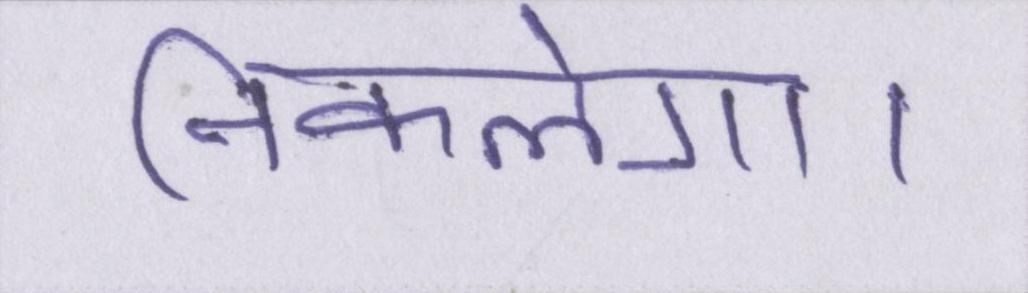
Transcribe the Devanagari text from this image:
निकलेगा।